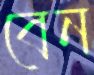
বেন